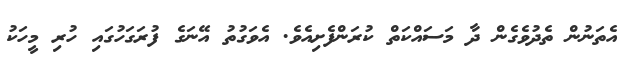
އެތަނުން ތެދުވެގެން ދާ މަސައްކަތް ކުރަންފެށިއެވެ. އެވަގުތު އޭނަގެ ފުރަގަހުގައި ހުރި މީހަކު